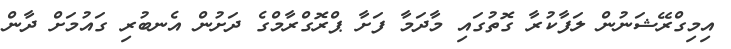
އިމިގްރޭޝަނުން ލަފާކުރާ ގޮތުގައި މާދަމާ ފަށާ ޕްރޮގްރާމްގެ ދަށުން އެނބުރި ގައުމަށް ދާން